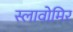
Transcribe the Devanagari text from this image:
स्लावोमिर